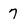
Character: 7